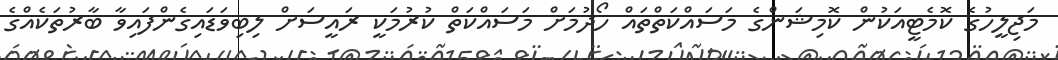
މަޖިލީހުގެ ކޮމެޓީއަކުން ކޮމިޝަންގެ މަސައްކަތްތައް ހޯދުމަށް މަސައްކަތް ކުރުމަކީ ރައީސަށް ލިބިވަޑައިގެންފައިވާ ބާރުތަކެއްގެ